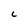
Character: C